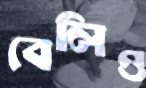
বেলিও